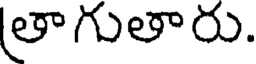
(తాగుతారు.